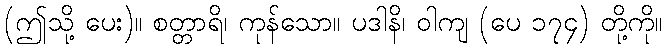
(ဤသို့ ပေး)။ စတ္တာရိ၊ ကုန်သော။ ပဒါနိ၊ ဝါကျ (ပေ ၁၇၄) တို့ကို။